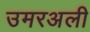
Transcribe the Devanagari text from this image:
उमरअली